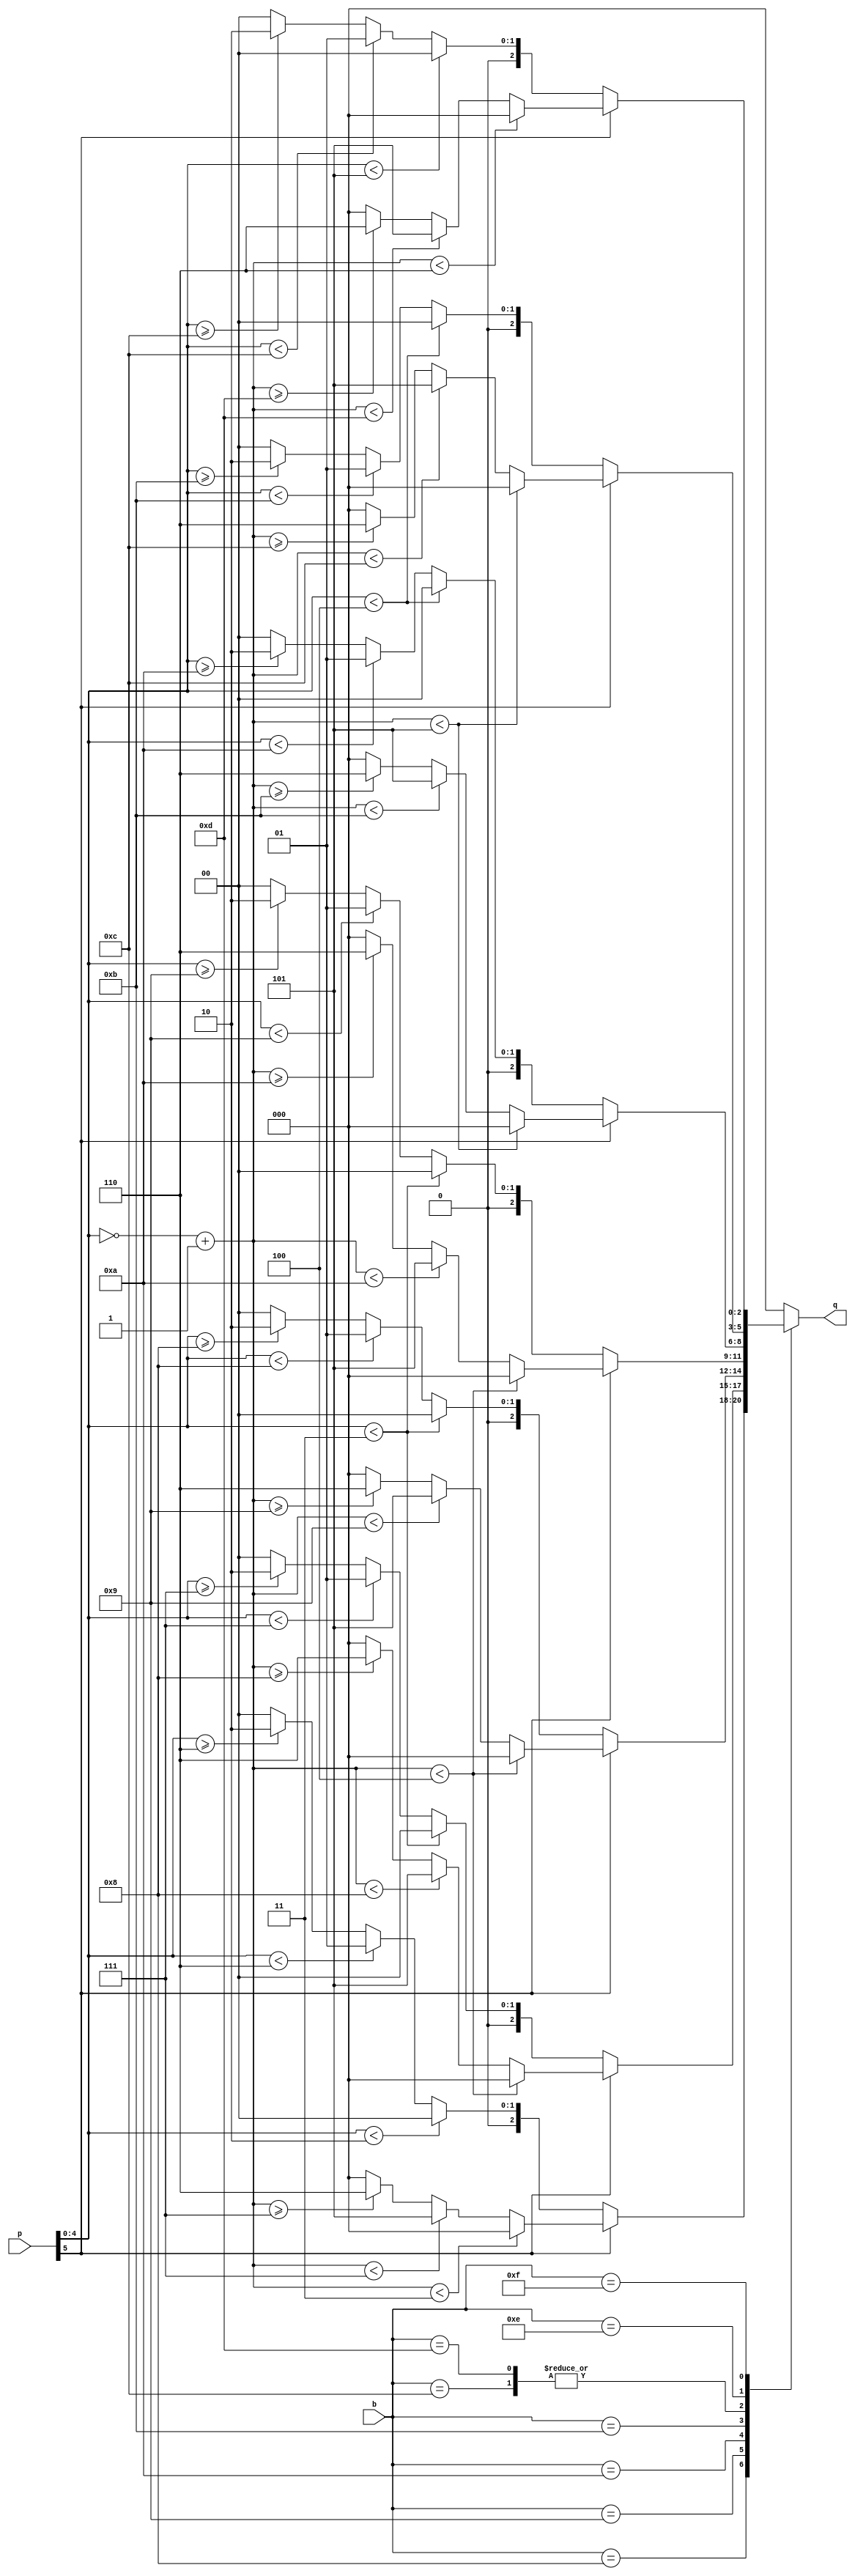
module funtable(
    input [3:0]b,
    input [5:0]p,
    output reg [2:0]q
);

reg [4:0]psm;

always @(*) begin
    q = 3'b000;
    case (b)
        4'b1000 : begin if (p[5])
            begin
                psm = ~p[4:0] + 1'b1;
                if(psm < 3) q = 3'b000;
                else if (psm < 7) q = 3'b101;
                else if (psm >= 7) q = 3'b110;
            end
            else begin
                psm = p[4:0];
                if (psm < 2) q = 3'b000;
                else if (psm < 6) q = 3'b001;
                else if (psm >= 6) q = 3'b010;
            end
        end  
        4'b1001 : begin if (p[5])
            begin
                psm = ~p[4:0] + 1'b1;
                if(psm < 4) q = 3'b000;
                else if (psm < 8) q = 3'b101;
                else if (psm >= 8) q = 3'b110;
            end
            else begin
                psm = p[4:0];
                if (psm < 3) q = 3'b000;
                else if (psm < 7) q = 3'b001;
                else if (psm >= 7) q = 3'b010;
            end
        end  
        4'b1010 :begin if (p[5])
            begin
                psm = ~p[4:0] + 1'b1;
                if(psm < 4) q = 3'b000;
                else if (psm < 9) q = 3'b101;
                else if (psm >= 9) q = 3'b110;
            end
            else begin
                psm = p[4:0];
                if (psm < 3) q = 3'b000;
                else if (psm < 8) q = 3'b001;
                else if (psm >= 8) q = 3'b010;
            end
        end  
        4'b1011 :begin if (p[5])
            begin
                psm = ~p[4:0] + 1'b1;
                if(psm < 4) q = 3'b000;
                else if (psm < 10) q = 3'b101;
                else if (psm >= 10) q = 3'b110;
            end
            else begin
                psm = p[4:0];
                if (psm < 3) q = 3'b000;
                else if (psm < 9) q = 3'b001;
                else if (psm >= 9) q = 3'b010;
            end
        end  
        4'b1100 :begin if (p[5])
            begin
                psm = ~p[4:0] + 1'b1;
                if(psm < 5) q = 3'b000;
                else if (psm < 11) q = 3'b101;
                else if (psm >= 11) q = 3'b110;
            end
            else begin
                psm = p[4:0];
                if (psm < 4) q = 3'b000;
                else if (psm < 10) q = 3'b001;
                else if (psm >= 10) q = 3'b010;
            end
        end  
        4'b1101 :begin if (p[5])
            begin
                psm = ~p[4:0] + 1'b1;
                if(psm < 5) q = 3'b000;
                else if (psm < 11) q = 3'b101;
                else if (psm >= 11) q = 3'b110;
            end
            else begin
                psm = p[4:0];
                if (psm < 4) q = 3'b000;
                else if (psm < 10) q = 3'b001;
                else if (psm >= 10) q = 3'b010;
            end
        end  
        4'b1110 :begin if (p[5])
            begin
                psm = ~p[4:0] + 1'b1;
                if(psm < 5) q = 3'b000;
                else if (psm < 12) q = 3'b101;
                else if (psm >= 12) q = 3'b110;
            end
            else begin
                psm = p[4:0];
                if (psm < 4) q = 3'b000;
                else if (psm < 11) q = 3'b001;
                else if (psm >= 11) q = 3'b010;
            end
        end  
        4'b1111 :begin if (p[5])
            begin
                psm = ~p[4:0] + 1'b1;
                if(psm < 6) q = 3'b000;
                else if (psm < 13) q = 3'b101;
                else if (psm >= 13) q = 3'b110;
            end
            else begin
                psm = p[4:0];
                if (psm < 5) q = 3'b000;
                else if (psm < 12) q = 3'b001;
                else if (psm >= 12) q = 3'b010;
            end
        end  
    endcase
end
endmodule